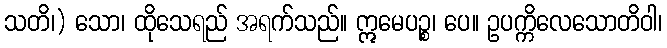
သတိ၊) သော၊ ထိုသေရည် အရက်သည်။ ဣမေပဉ္စ၊ ပေ။ ဥပက္ကိလေသောတိဝါ၊